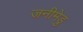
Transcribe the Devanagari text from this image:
जनीमेडु